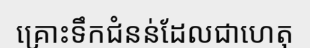
គ្រោះទឹកជំនន់ដែលជាហេតុ